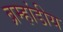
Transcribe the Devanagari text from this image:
ब्रम्हांडीय